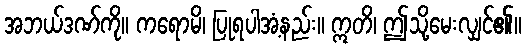
အဘယ်ဒဏ်ကို။ ကရောမိ၊ ပြုရပါအံ့နည်း။ ဣတိ၊ ဤသို့မေးလျှင်၏။